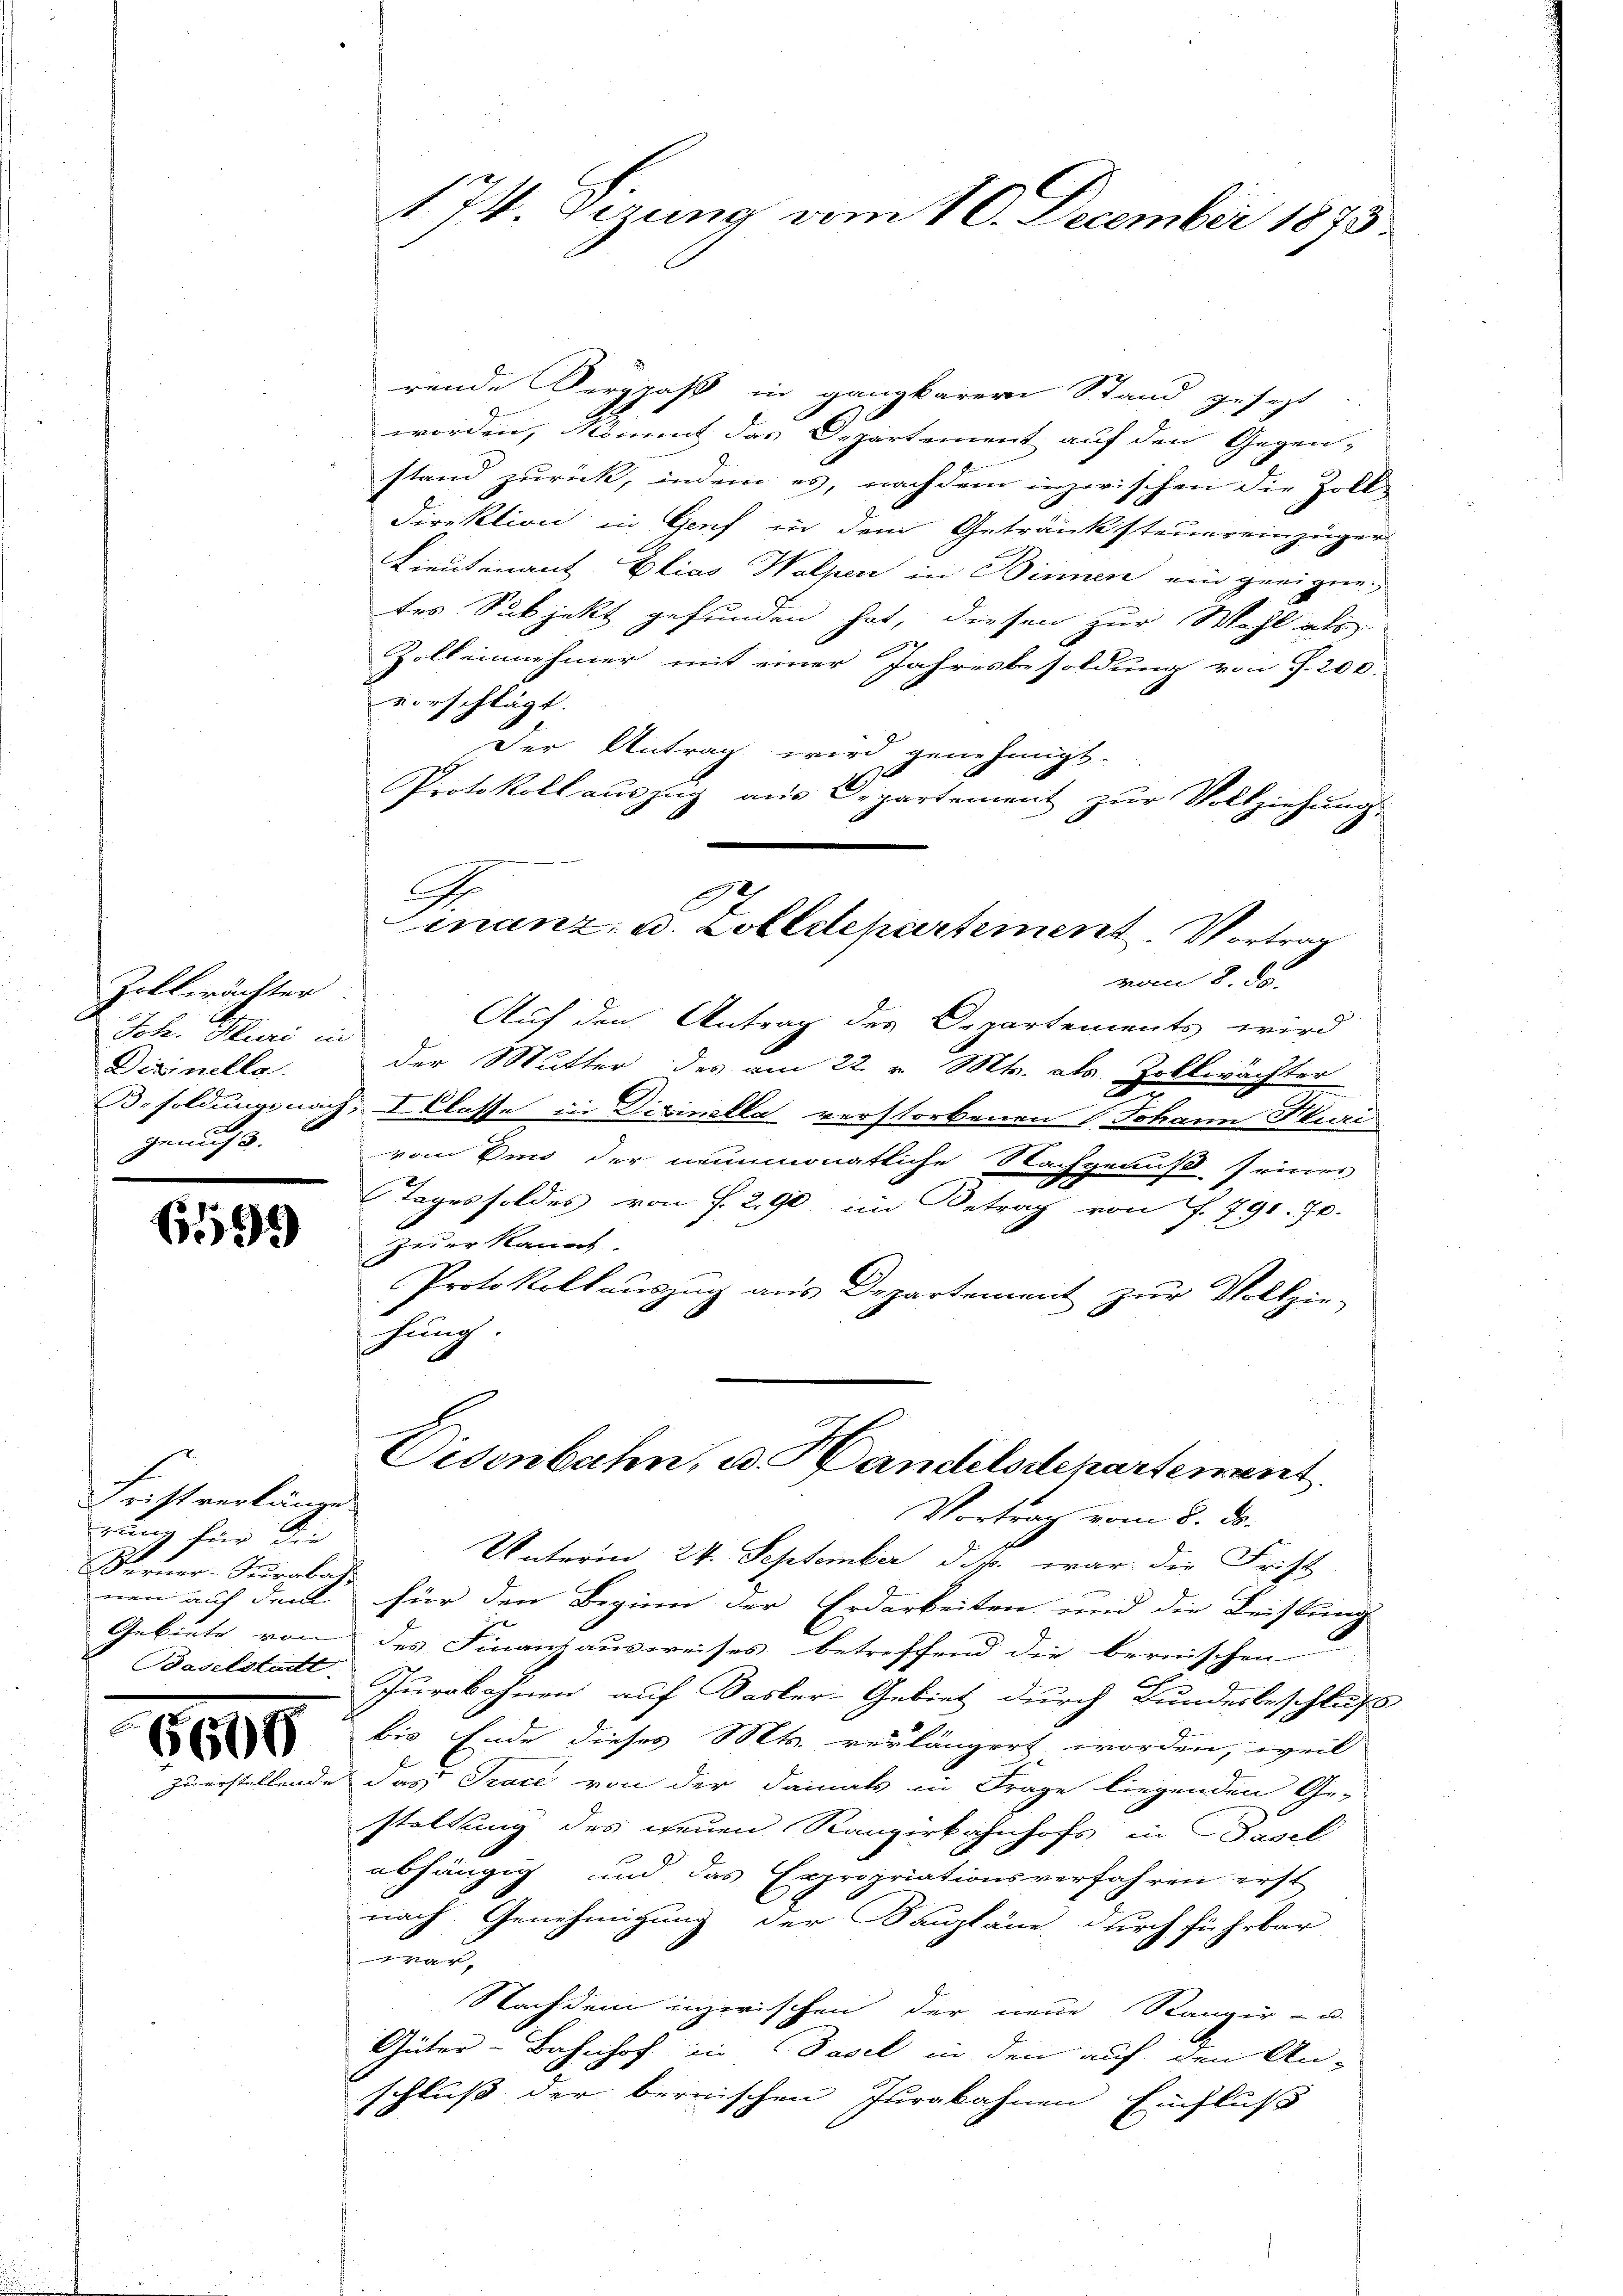
Zollerächter
Joh. Muri in
Diginella.
genus.

6599

Fristverlänge
rung für die
Ferner-Turabass
nen auf dem
Baselstadt

6600

174. Sizung vom 10. December 1873.

rende Serggaß in ganzkarer Stand gesezt.
worden, Moment das Departement auf den Gegen-
stand zurück, indem es, nachdem inzerischen die Zoll¬
Direktion in Genf in dem Getränksteuereinzüger
Lieutenant Elias Walpen in Binnen ein geeignetes Subjekt gefunden hat, diesen zur Wahl als
z
E
Zoll einnehmer mit einer Jahresbesoldung von P. 200.
vorschlägt.
Der Antrag wird genehmigt.
A
Protokoll aŭszŭg aŭs Departement zŭr Vollziehŭng.
vom 8. d.
Auf den Antrag des Departements wird
der Mutter des am 22. v. Mts. als Zollwächter
Besoldungsnach, Erlasse in Dizinella verstorbenen Johann Fluri
vom Sind der munmonatliche Nachgenuß seines
Tages soldes von § 290 im Betrag von § 791. 70.
jeder kannt
Protokollauszug aus Departement zur Vollzie-
hung
Visenbahn, u. Handelsdepartement.
Vortrag vom 8. ds.
Unterm 24. September d. M. war die Frist
für den Beginn der Erdarbeiten und die Leistung
Gebiete von des Finanzausweises betreffend die bernischen
Jurobohnen auf Basler Gebiet durch Bundesbeschluß
bis Ende dieses Mts. verlängert worden, weil
de das Trace von der damals in Frage liegenden Ge-
staltung des neuen Rangirkahnhofs in Basel
abhängig und das Expropriationsverfahren erst
nach Genehmigung der Baupläne durch führbar
war,
Nachdem inzwischen der neue Rangir - u.
Güter-Bahnhof in Basel in den auf den An-
schluß der bernischen Jurakahnen Einfluß

A
inanz, u. Zolldepartement. Vortrag